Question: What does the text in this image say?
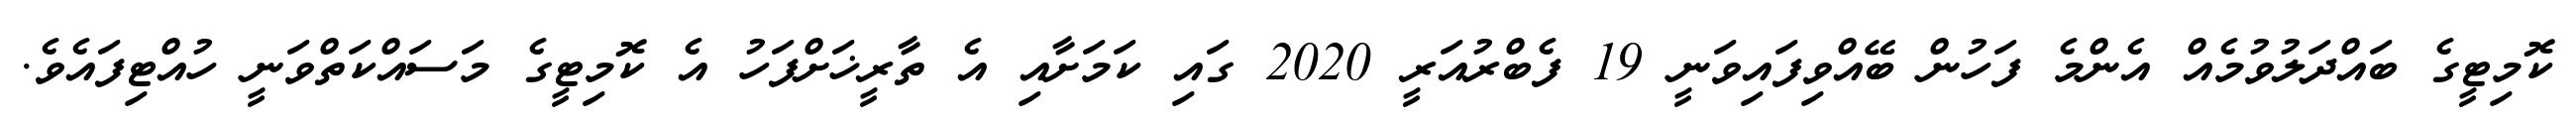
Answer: ކޮމިޓީގެ ބައްދަލުވުމެއް އެންމެ ފަހުން ބޭއްވިފައިވަނީ 19 ފެބްރުއަރީ 2020 ގައި ކަމަށާއި އެ ތާރީޚަށްފަހު އެ ކޮމިޓީގެ މަސައްކަތްވަނީ ހުއްޓިފައެވެ.